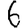
Digit: 6